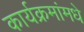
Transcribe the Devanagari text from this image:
कार्यक्रमांमधे